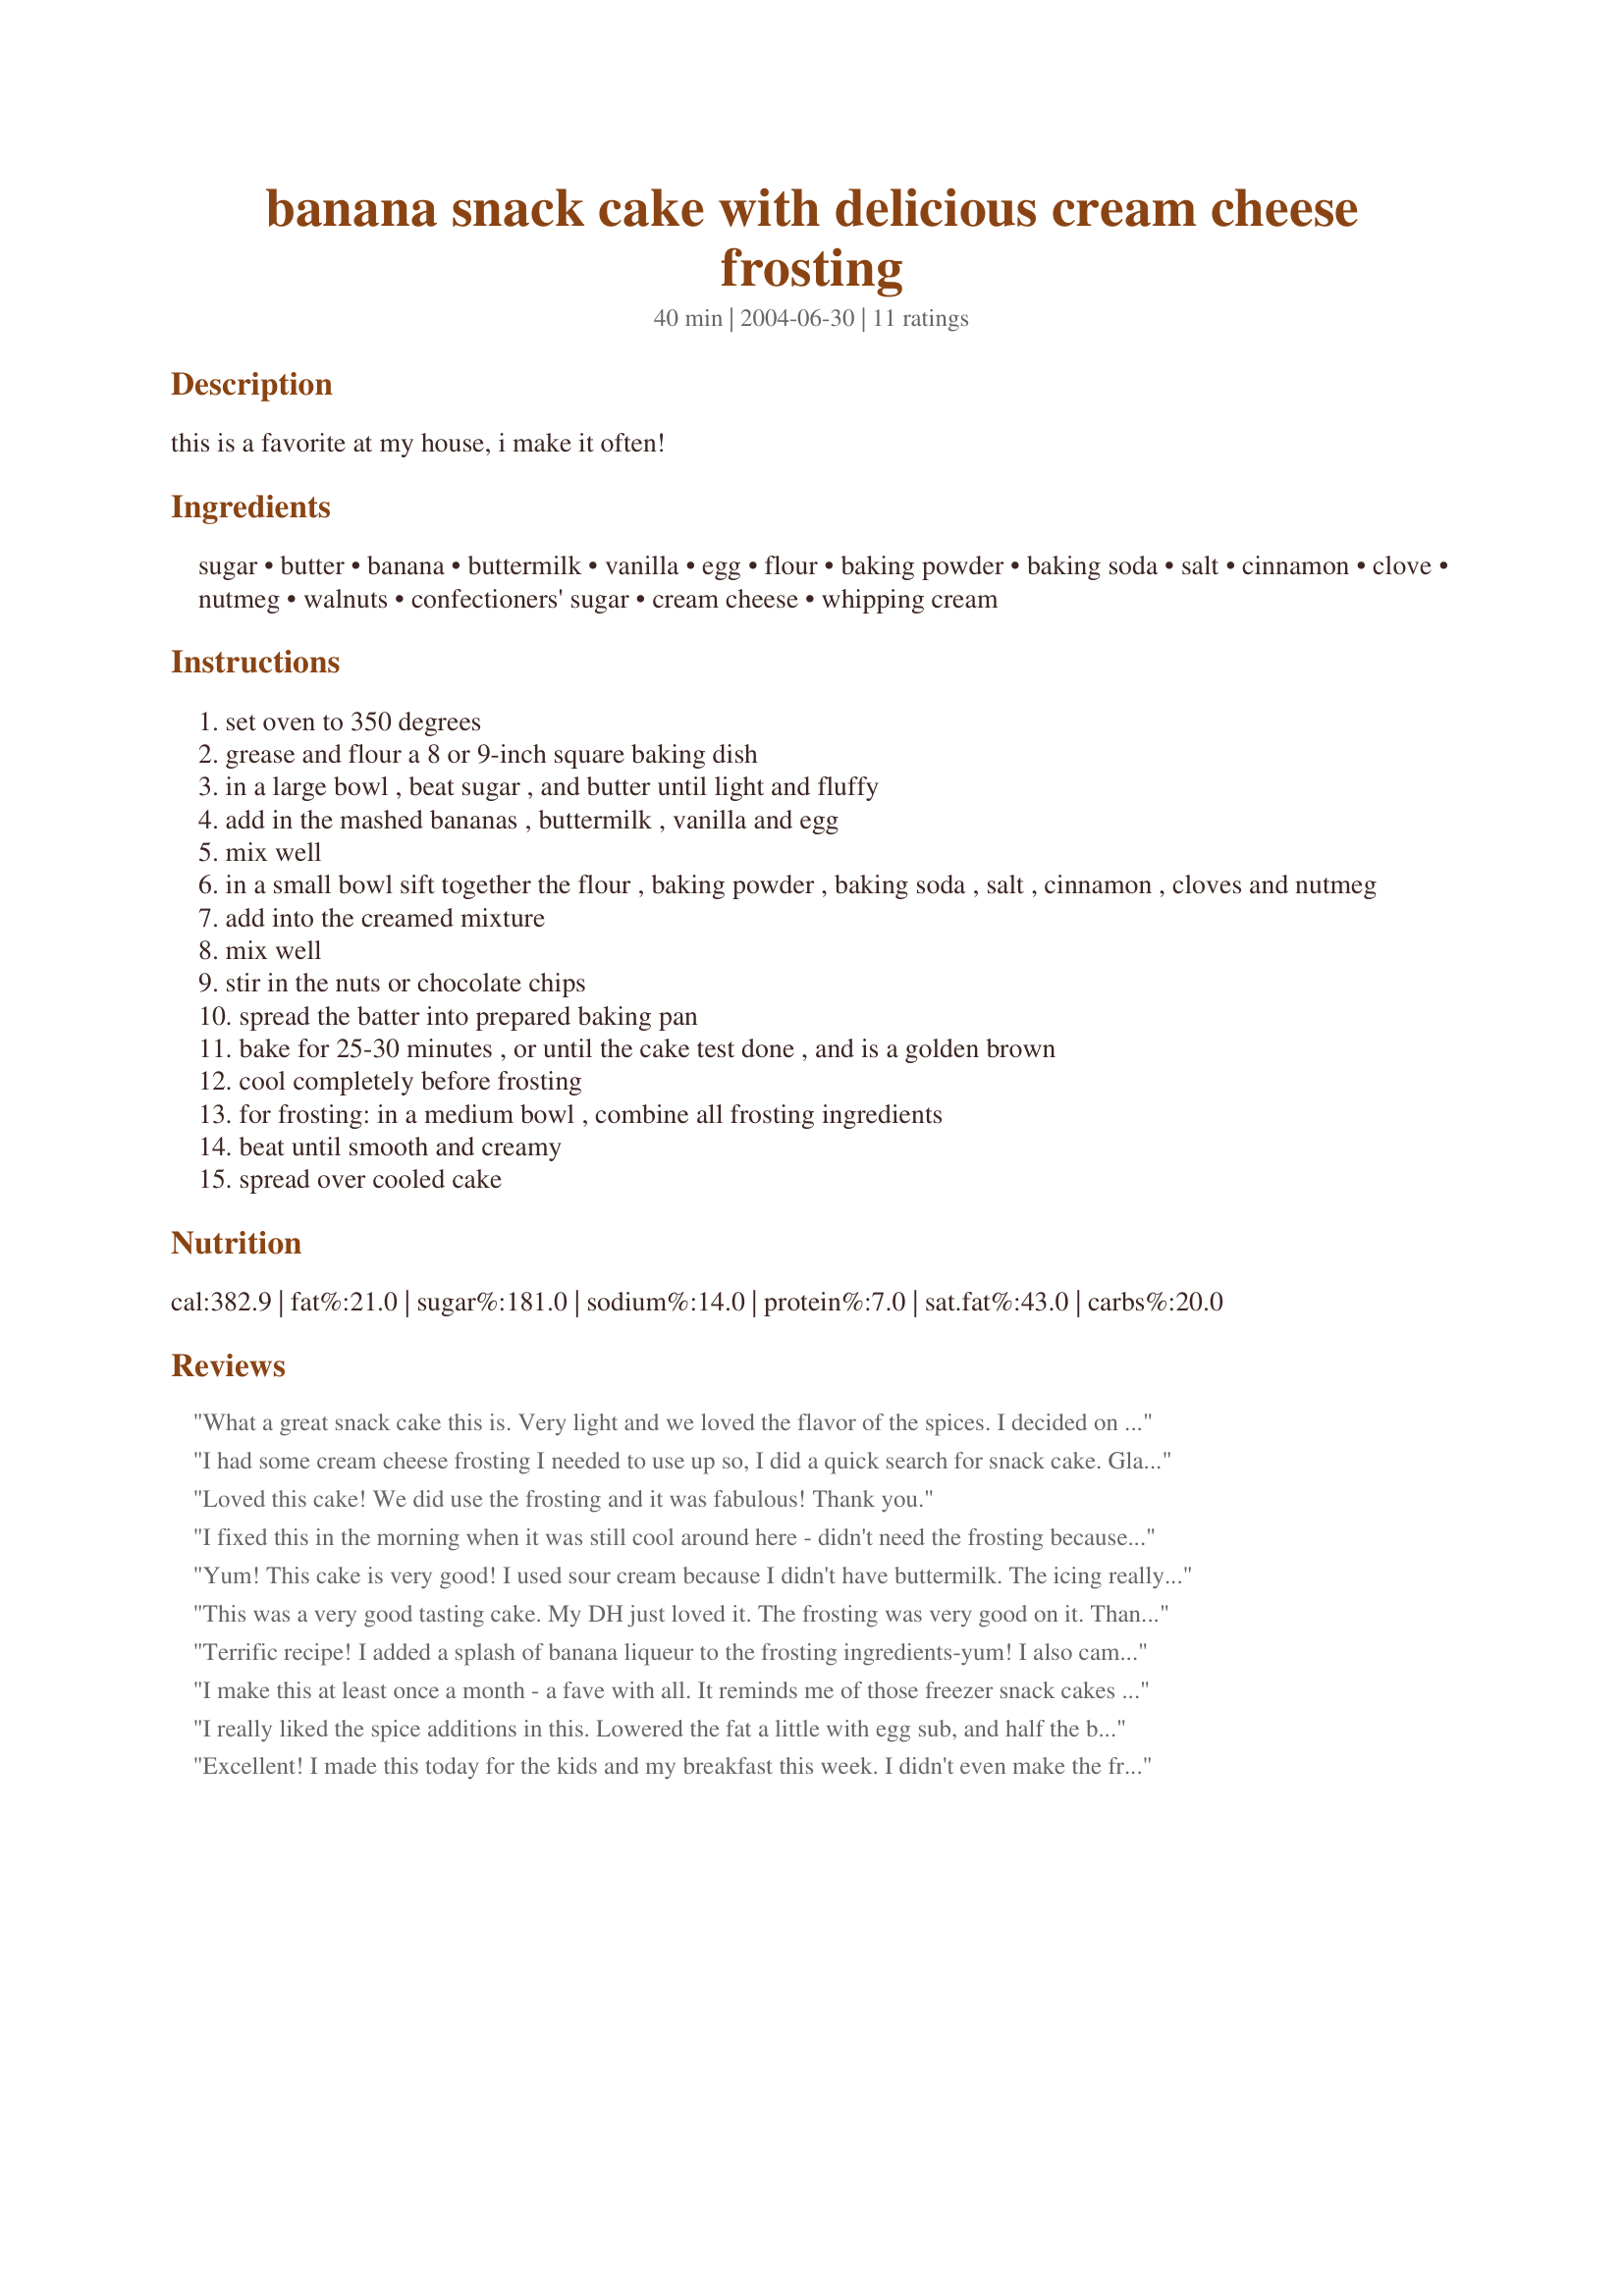
banana snack cake with delicious cream cheese frosting
Preparation time: 40 minutes

this is a favorite at my house, i make it often!

Ingredients:
sugar, butter, banana, buttermilk, vanilla, egg, flour, baking powder, baking soda, salt, cinnamon, clove, nutmeg, walnuts, confectioners' sugar, cream cheese, whipping cream

Steps:
set oven to 350 degrees
grease and flour a 8 or 9-inch square baking dish
in a large bowl , beat sugar , and butter until light and fluffy
add in the mashed bananas , buttermilk , vanilla and egg
mix well
in a small bowl sift together the flour , baking powder , baking soda , salt , cinnamon , cloves and nutmeg
add into the creamed mixture
mix well
stir in the nuts or chocolate chips
spread the batter into prepared baking pan
bake for 25-30 minutes , or until the cake test done , and is a golden brown
cool completely before frosting
for frosting: in a medium bowl , combine all frosting ingredients
beat until smooth and creamy
spread over cooled cake

Reviews:
What a great snack cake this is. Very light and we loved the flavor of the spices. I decided on this recipe when I had cream cheese frosting left from another cake.Will be making this recipe again. Thanks Kittencal!
I had some cream cheese frosting I needed to use up so, I did a quick search for snack cake. Glad I chose this one and I will definitely make it again. My over ripe bananas always make it to the freezer and it was a great way to use them! Great cake, nice and moist. We can't stop eating it! :) Thanks Kittencal!
Loved this cake! We did use the frosting and it was fabulous! Thank you.
I fixed this in the morning when it was still cool around here - didn't need the frosting because it's very flavorful & moist (although I do love cream cheese frosting!) Glad to have another recipe using ripe bananas! Thanks ~ ruth
Yum! This cake is very good! I used sour cream because I didn't have buttermilk. The icing really makes this cake!
This was a very good tasting cake. My DH just loved it. The frosting was very good on it. Thanks for posting this recipe.
Terrific recipe! I added a splash of banana liqueur to the frosting ingredients-yum! I also came up with a no-mess way to mash the bananas. I put the peeled bananas in a zip-style plastic freezer bag, squeezed out most of the air, sealed it, then handed it to the kids and told them to squeeze away. Afterward, I snipped off one corner of the bag and squeezed the banana puree into my measuring cup.
I make this at least once a month - a fave with all. It reminds me of those freezer snack cakes I used to have when I was little - only better!
I really liked the spice additions in this. Lowered the fat a little with egg sub, and half the butter with a full cup of bananas. Moist and flavorful. THANKS
Excellent! I made this today for the kids and my breakfast this week. I didn't even make the frosting and it's still amazing! Thanks!
I have made this cake many times and it's always a success. I haven't yet had a chance to try the frosting{because I'm counting calories ALWAYS.lol.} This cake is a keeper for sure!
